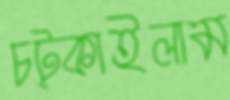
চট্‌কাইলাম